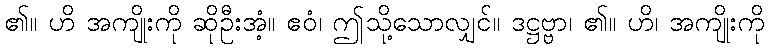
၏။ ဟိ အကျိုးကို ဆိုဦးအံ့။ ဧဝံ၊ ဤသို့သောလျှင်။ ဒဋ္ဌဗ္ဗာ၊ ၏။ ဟိ၊ အကျိုးကို